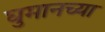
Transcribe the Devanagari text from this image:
घुमानच्या